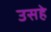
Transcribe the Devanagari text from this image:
उसहे